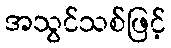
အသွင်သစ်ဖြင့်